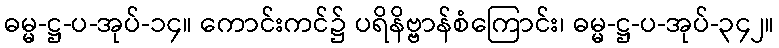
ဓမ္မ-ဋ္ဌ-ပ-အုပ်-၁၄။ ကောင်းကင်၌ ပရိနိဗ္ဗာန်စံကြောင်း၊ ဓမ္မ-ဋ္ဌ-ပ-အုပ်-၃၄၂။